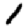
Digit: 1